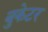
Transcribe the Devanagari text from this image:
बुकेटर